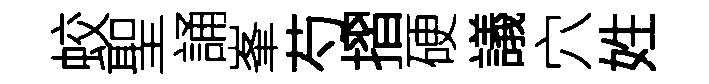
蛟聖誦峯芍摺硬議穴姓